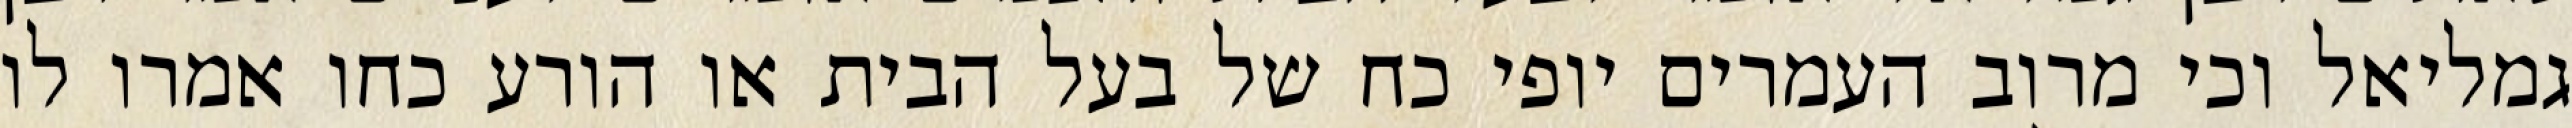
גמליאל וכי מרוב העמרים יופי כח של בעל הבית או הורע כחו אמרו לו